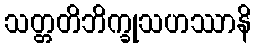
သတ္တတိဘိက္ခုသဟဿာနိ